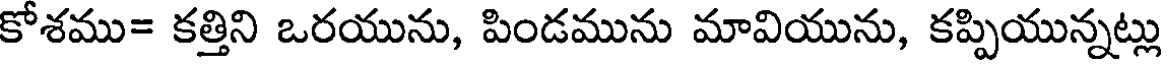
కోశము= కత్తిని ఒరయును, పిండమును మావియును, కప్పియున్నట్లు